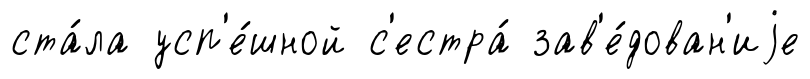
ста́ла усп'е́шной с'естра́ зав'е́дован'иjе